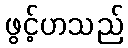
ဖွင့်ဟသည်